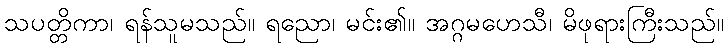
သပတ္တိကာ၊ ရန်သူမသည်။ ရညော၊ မင်း၏။ အဂ္ဂမဟေသီ၊ မိဖုရားကြီးသည်။